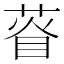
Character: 𦴔